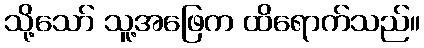
သို့သော် သူ့အဖြေက ထိရောက်သည်။